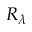
R _ { \lambda }